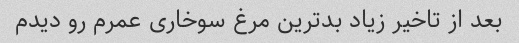
بعد از تاخیر زیاد بد‌ترین مرغ سوخاری عمرم رو دیدم